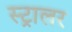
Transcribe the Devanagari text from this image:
स्ट्रालर